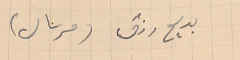
بديع رزق (مرسال)